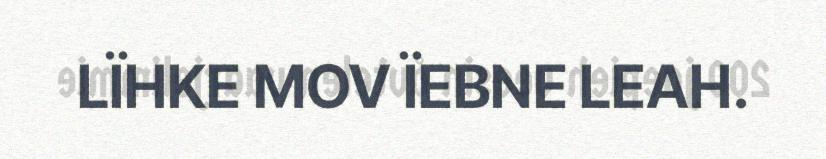
LÏHKE MOV ÏEBNE LEAH.